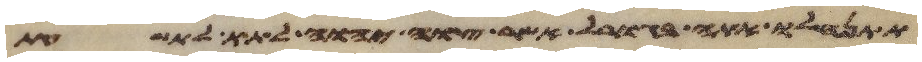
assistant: תתנחלו אתה בגורל אשר צוה יהוה לתת לתשעת